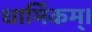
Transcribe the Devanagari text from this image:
धार्मिकम्‌।